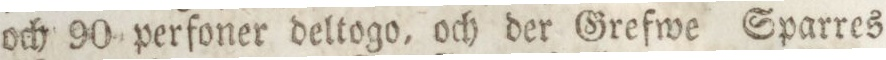
och 90 perfoner deltogo, och der Grefwe Sparres